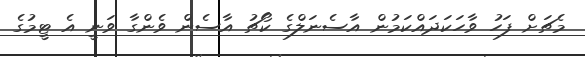
މެޗަށް ފަހު ވާހަަކަދައްކަމުން އާސެނަލްގެ ކޯޗު އާސެން ވެންގާ ވަނީ އެ ޓީމުގެ